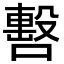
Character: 𠿉